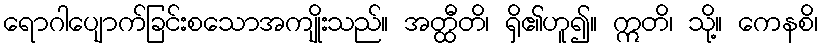
ရောဂါပျောက်ခြင်းစသောအကျိုးသည်။ အတ္ထီတိ၊ ရှိ၏ဟူ၍။ ဣတိ၊ သို့။ ကေနစိ၊